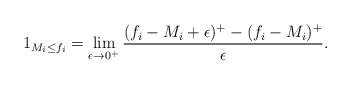
\begin{align*}1_{M_i \leq f_i}=\lim_{\epsilon \to 0^+}\frac{(f_i - M_i + \epsilon)^+ - (f_i - M_i)^+}{\epsilon}.\end{align*}